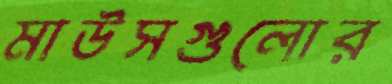
মাউসগুলোর